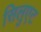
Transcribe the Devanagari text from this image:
सिलुएट